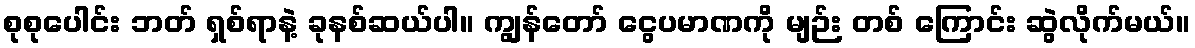
စုစုပေါင်း ဘတ် ရှစ်ရာနဲ့ ခုနစ်ဆယ်ပါ။ ကျွန်တော် ငွေပမာဏကို မျဉ်း တစ် ကြောင်း ဆွဲလိုက်မယ်။